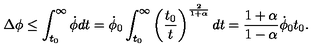
\Delta \phi \leq \int _ { t _ { 0 } } ^ { \infty } \dot { \phi } d t = \dot { \phi } _ { 0 } \int _ { t _ { 0 } } ^ { \infty } \left( { \frac { t _ { 0 } } { t } } \right) ^ { \frac { 2 } { 1 + \alpha } } d t = { \frac { 1 + \alpha } { 1 - \alpha } } \dot { \phi } _ { 0 } t _ { 0 } .